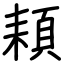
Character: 頛